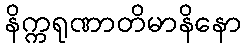
နိက္ကရုဏာတိမာနိနော